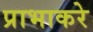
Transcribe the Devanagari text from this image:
प्राभाकरे